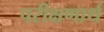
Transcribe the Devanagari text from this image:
परीक्षणार्थ